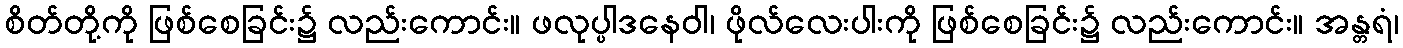
စိတ်တို့ကို ဖြစ်စေခြင်း၌ လည်းကောင်း။ ဖလုပ္ပါဒနေဝါ၊ ဖိုလ်လေးပါးကို ဖြစ်စေခြင်း၌ လည်းကောင်း။ အန္တရံ၊